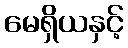
မေရှိယနှင့်